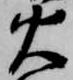
火